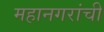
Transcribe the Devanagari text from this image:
महानगरांची